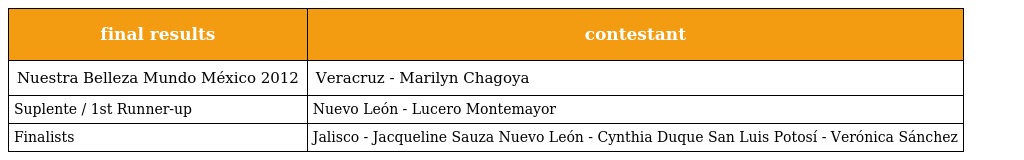
| final results | contestant |
 | --- | --- |
 | Nuestra Belleza Mundo México 2012 | Veracruz - Marilyn Chagoya |
 | Suplente / 1st Runner-up | Nuevo León - Lucero Montemayor |
 | Finalists | Jalisco - Jacqueline Sauza Nuevo León - Cynthia Duque San Luis Potosí - Verónica Sánchez |